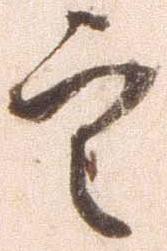
定